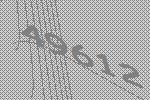
49612